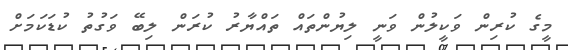
މީގެ ކުރިން ވަކީލުން ވަނީ ލިޔުންތައް ތައްޔާރު ކުރަން ލިބޭ ވަގުތު ކުޑަކަމަށް